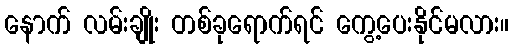
နောက် လမ်းချိုး တစ်ခုရောက်ရင် ကွေ့ပေးနိုင်မလား။